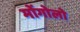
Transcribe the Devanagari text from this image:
मोंगोलो